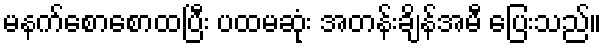
မနက်စောစောထပြီး ပထမဆုံး အတန်းချိန်အမီ ပြေးသည်။